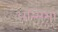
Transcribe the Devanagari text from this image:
अन्सिभा